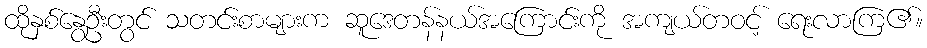
ထိုနှစ်နွေဦးတွင် သတင်းစာများက ဆူဒေတန်နယ်အကြောင်းကို အကျယ်တဝင့် ရေးလာကြ၏။